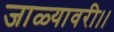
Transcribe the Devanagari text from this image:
जाळ्यावरी।।